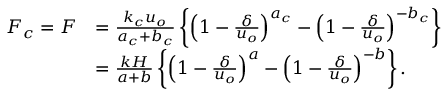
\begin{array} { r l } { F _ { c } = F } & { = \frac { k _ { c } u _ { o } } { a _ { c } + b _ { c } } \left\{ \left( 1 - \frac { \delta } { u _ { o } } \right) ^ { a _ { c } } - \left( 1 - \frac { \delta } { u _ { o } } \right) ^ { - b _ { c } } \right\} } \\ & { = \frac { k H } { a + b } \left\{ \left( 1 - \frac { \delta } { u _ { o } } \right) ^ { a } - \left( 1 - \frac { \delta } { u _ { o } } \right) ^ { - b } \right\} . } \end{array}